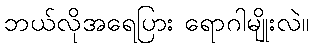
ဘယ်လိုအရေပြား ရောဂါမျိုးလဲ။